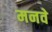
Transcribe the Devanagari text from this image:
मनवे